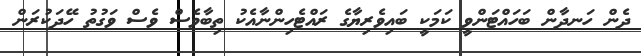
ދެން ހަނދާން ބަހައްޓަންވީ ކަމަކީ ބައިވެރިޔާގެ ރައްޓެހިންނާއެކު ތިބާވެސް ވެސް ވަގުތު ހޭދަކުރަން